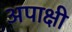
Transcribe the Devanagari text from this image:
अपाक्षी